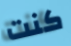
كنت